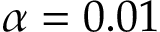
\alpha = 0 . 0 1